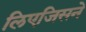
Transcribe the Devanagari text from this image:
लिएजिसने